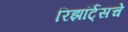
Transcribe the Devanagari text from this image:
रिझॉर्ट्‌सचे